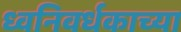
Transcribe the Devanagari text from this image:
ध्वनिवर्धकाच्या